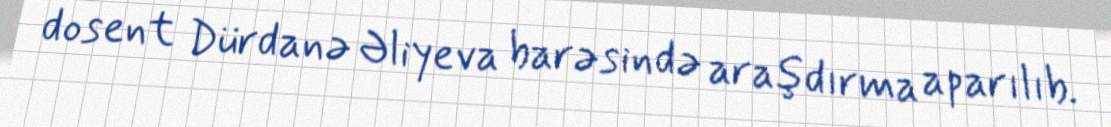
dosent Dürdanə Əliyeva barəsində araşdırma aparılıb.